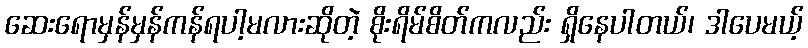
ဆေးရောမှန်မှန်ကန်ရပါ့မလားဆိုတဲ့ စိုးရိမ်စိတ်ကလည်း ရှိနေပါတယ်၊ ဒါပေမယ့်